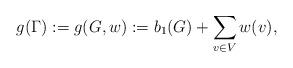
LaTeX: \begin{align*} g(\Gamma):=g(G,w):=b_1(G)+\sum_{v\in V}w(v), \end{align*}